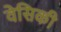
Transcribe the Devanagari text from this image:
वेसिकी